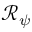
\mathcal { R } _ { \psi }